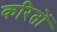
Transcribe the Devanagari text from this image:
करितों